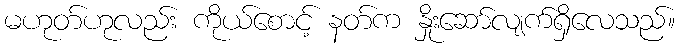
မဟုတ်ဟုလည်း ကိုယ်စောင့် နတ်က နှိုးဆော်လျက်ရှိလေသည်။